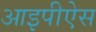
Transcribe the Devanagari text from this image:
आइपीऐस